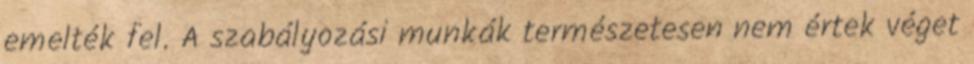
emelték fel. A szabályozási munkák természetesen nem értek véget